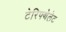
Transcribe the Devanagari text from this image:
टेरिफ्थेलेट